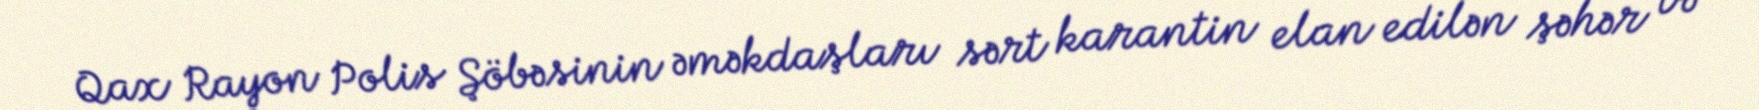
Qax Rayon Polis Şöbəsinin əməkdaşları sərt karantin elan edilən şəhər və